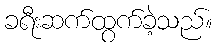
ခရီးဆက်ထွက်ခဲ့သည်။